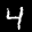
Label: 4